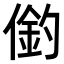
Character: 𠍖